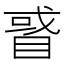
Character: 𥇙